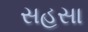
સહસા